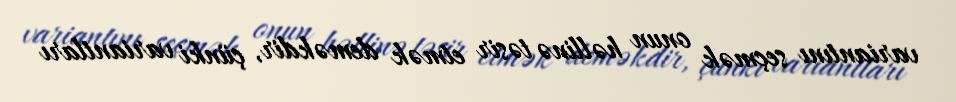
variantını seçmək onun həllinə təsir etmək deməkdir, çünki variantları